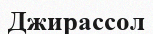
Джирассол